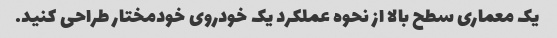
یک معماری سطح بالا از نحوه عملکرد یک خودروی خودمختار طراحی کنید.